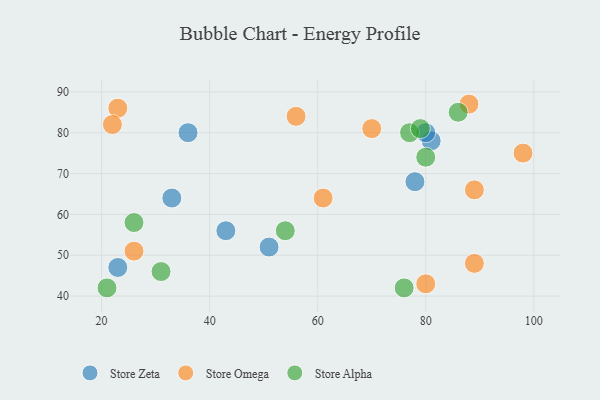
{"axis": {"x": "GDP", "y": "Life Expectancy"}, "legend": ["Store Alpha", "Store Omega", "Store Zeta"], "data": [{"x": "81", "y": 78, "type": "Store Zeta"}, {"x": "51", "y": 52, "type": "Store Zeta"}, {"x": "78", "y": 68, "type": "Store Zeta"}, {"x": "43", "y": 56, "type": "Store Zeta"}, {"x": "33", "y": 64, "type": "Store Zeta"}, {"x": "80", "y": 80, "type": "Store Zeta"}, {"x": "36", "y": 80, "type": "Store Zeta"}, {"x": "23", "y": 47, "type": "Store Zeta"}, {"x": "70", "y": 81, "type": "Store Omega"}, {"x": "98", "y": 75, "type": "Store Omega"}, {"x": "88", "y": 87, "type": "Store Omega"}, {"x": "89", "y": 66, "type": "Store Omega"}, {"x": "89", "y": 48, "type": "Store Omega"}, {"x": "80", "y": 43, "type": "Store Omega"}, {"x": "23", "y": 86, "type": "Store Omega"}, {"x": "61", "y": 64, "type": "Store Omega"}, {"x": "26", "y": 51, "type": "Store Omega"}, {"x": "56", "y": 84, "type": "Store Omega"}, {"x": "22", "y": 82, "type": "Store Omega"}, {"x": "77", "y": 80, "type": "Store Alpha"}, {"x": "26", "y": 58, "type": "Store Alpha"}, {"x": "54", "y": 56, "type": "Store Alpha"}, {"x": "80", "y": 74, "type": "Store Alpha"}, {"x": "76", "y": 42, "type": "Store Alpha"}, {"x": "79", "y": 81, "type": "Store Alpha"}, {"x": "86", "y": 85, "type": "Store Alpha"}, {"x": "21", "y": 42, "type": "Store Alpha"}, {"x": "31", "y": 46, "type": "Store Alpha"}]}